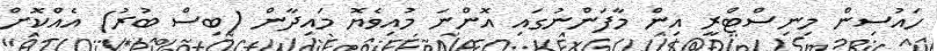
ހައުސިން މިނިސްޓްރީ އިން މާފަންނުގައި އޮންނަ މުއިވެޔޮ މައިދާން (ބިސް ބުރު) އެއްކޮށް